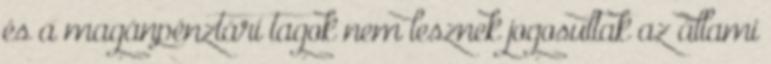
és a magánpénztári tagok nem lesznek jogosultak az állami